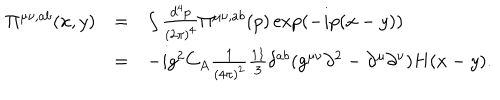
LaTeX: \begin{array} { r l l } { { \Pi ^ { \mu \nu , a b } ( x , y ) } } & { { = } } & { { \int \frac { d ^ { 4 } p } { ( 2 \pi ) ^ { 4 } } \Pi ^ { \mu \nu , a b } ( p ) \exp ( - i p ( x - y ) ) } } \\ { { } } & { { = } } & { { - i g ^ { 2 } C _ { A } \frac 1 { ( 4 \pi ) ^ { 2 } } \frac { 1 1 } { 3 } \delta ^ { a b } ( g ^ { \mu \nu } \partial ^ { 2 } - \partial ^ { \mu } \partial ^ { \nu } ) H ( x - y ) . } } \\ \end{array}